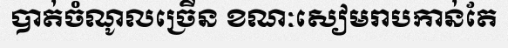
បាត់ចំណូលច្រើន ខណៈសៀមរាបកាន់តែ